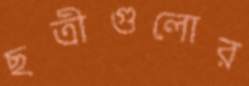
ছত্রীগুলোর